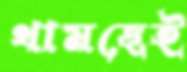
থামছেই